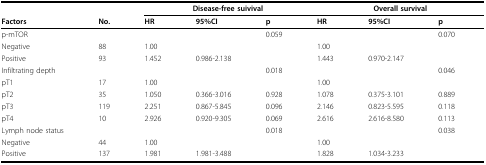
|  |  | <COLSPAN=3> Disease-free suivival | <COLSPAN=3> Overall survival |
 | Factors | No. | HR | 95%CI | p | HR | 95%CI | p |
 | --- | --- | --- | --- | --- | --- | --- | --- |
 | p-mTOR |  |  |  | 0.059 |  |  | 0.070 |
 | Negative | 88 | 1.00 |  |  | 1.00 |  |  |
 | Positive | 93 | 1.452 | 0.986-2.138 |  | 1.443 | 0.970-2.147 |  |
 | Infiltrating depth |  |  |  | 0.018 |  |  | 0.046 |
 | pT1 | 17 | 1.00 |  |  | 1.00 |  |  |
 | pT2 | 35 | 1.050 | 0.366-3.016 | 0.928 | 1.078 | 0.375-3.101 | 0.889 |
 | pT3 | 119 | 2.251 | 0.867-5.845 | 0.096 | 2.146 | 0.823-5.595 | 0.118 |
 | pT4 | 10 | 2.926 | 0.920-9.305 | 0.069 | 2.616 | 2.616-8.580 | 0.113 |
 | Lymph node status |  |  |  | 0.018 |  |  | 0.038 |
 | Negative | 44 | 1.00 |  |  | 1.00 |  |  |
 | Positive | 137 | 1.981 | 1.981-3.488 |  | 1.828 | 1.034-3.233 |  |